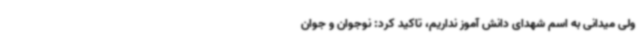
ولی میدانی به اسم شهدای دانش آموز نداریم، تاکید کرد: نوجوان و جوان